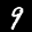
Label: 9